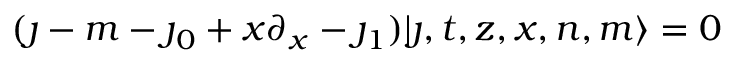
( \jmath - m - \jmath _ { 0 } + x \partial _ { x } - \jmath _ { 1 } ) | \jmath , t , z , x , n , m \rangle = 0